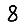
Digit: 8